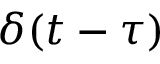
\delta ( t - \tau )